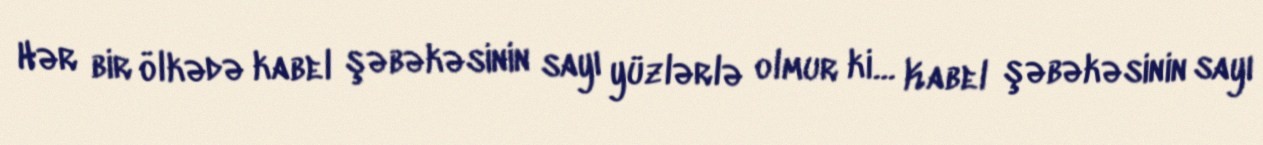
Hər bir ölkədə kabel şəbəkəsinin sayı yüzlərlə olmur ki… Kabel şəbəkəsinin sayı